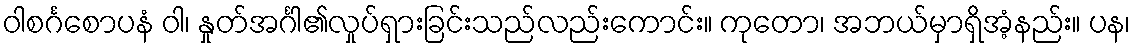
ဝါစင်္ဂစောပနံ ဝါ၊ နှုတ်အင်္ဂါ၏လှုပ်ရှားခြင်းသည်လည်းကောင်း။ ကုတော၊ အဘယ်မှာရှိအံ့နည်း။ ပန၊